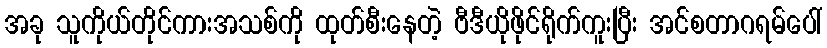
အခု သူကိုယ်တိုင်ကားအသစ်ကို ထုတ်စီးနေတဲ့ ဗီဒီယိုဖိုင်ရိုက်ကူးပြီး အင်စတာဂရမ်ပေါ်